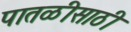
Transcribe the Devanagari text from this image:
पातळीसाठी